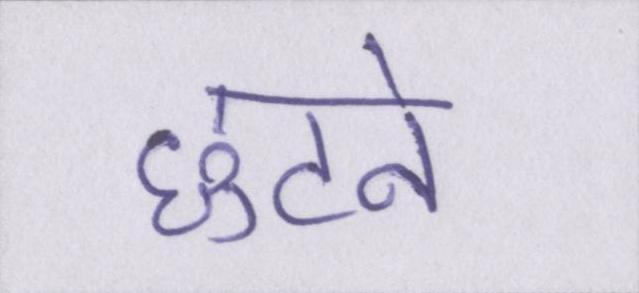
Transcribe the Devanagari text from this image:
छुटने